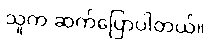
သူက ဆက်ပြောပါတယ်။